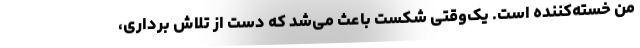
من خسته‌کننده است. یک‌وقتی شکست باعث می‌شد که دست از تلاش برداری،